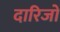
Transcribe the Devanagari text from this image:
दारिजो